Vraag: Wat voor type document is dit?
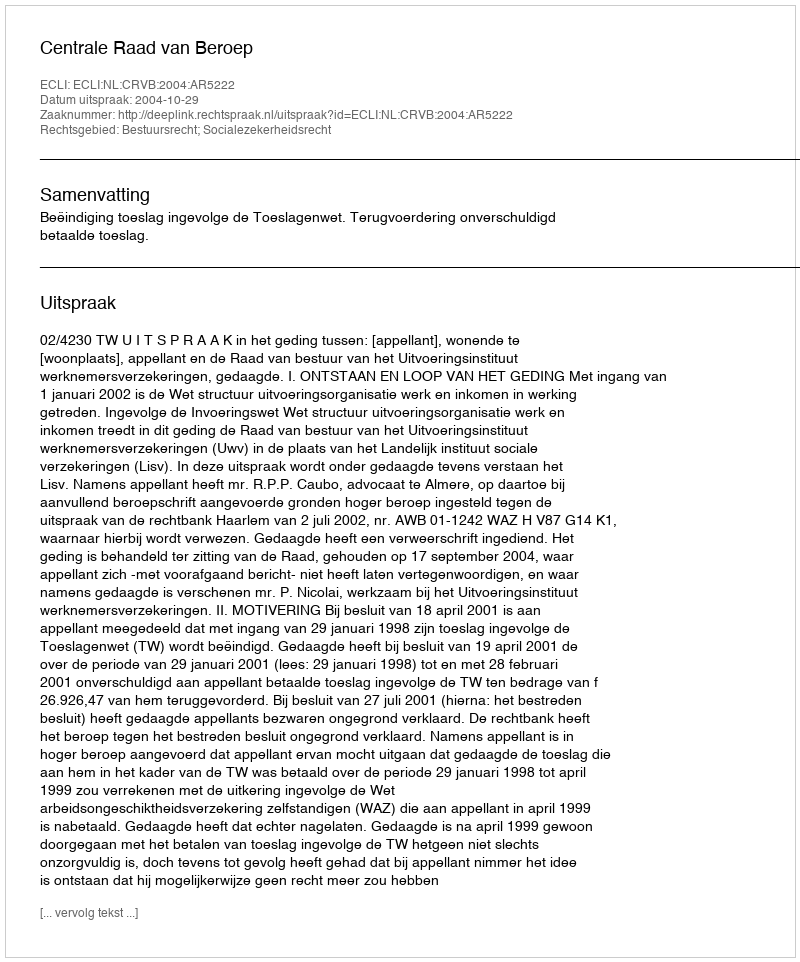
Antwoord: Uitspraak